Report on sanitation, dispensaries, and jails in Rajputana for 1909, and on vaccination for the year 1909-1910 - 1909-1910
Year: 1909
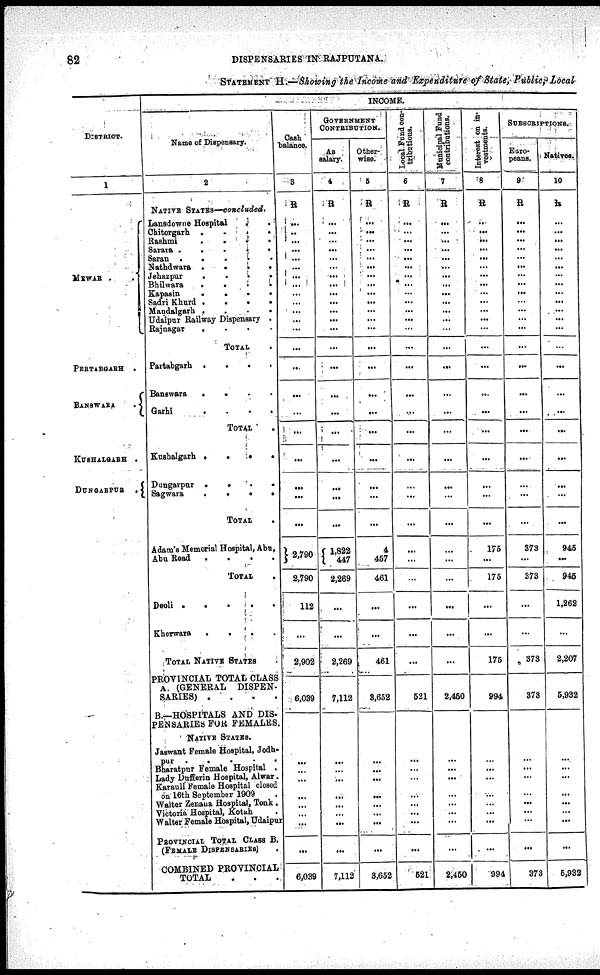
82
DISPENSARIES IN RAJPUTANA.
STATEMENT H.—Showing the Income and Expenditure of State, Public, Local
DISTRICT.
1
MEWAR
PERTABGARH .
BANSWARA
.
KUSHALGARH .
DUNGARPUR
.
INCOME.
Name of Dispensary.
2
NATIVE STATES—concluded.
Lansdowne Hospital
.
.
Chitorgarh
.
. . .
Rashmi
.
.
.
.
Sarara .
.
.
.
.
Saran .
.
.
.
.
Nathdwara .
.
.
.
Jehazpur
.
.
.
.
Bhilwara
.
.
.
.
Kapasin
.
.
.
.
Sadri Khurd .
.
.
.
Mandalgarh .
.
.
.
Udaipur Railway Dispensary .
Rajnagar
.
.
.
.
TOTAL
.
Partabgarh .
.
.
.
Banswara
.
.
.
.
Garhi
.
.
.
.
TOTAL .
Kushalgarh .
.
.
.
Dungarpur .
.
.
.
Sagwara
.
.
.
.
TOTAL .
Adam's Memorial Hospital, Abu,
Abu Road
.
.
.
.
TOTAL .
Deoli .
.
.
.
.
Kherwara
.
.
. .
TOTAL NATIVE STATES
PROVINCIAL TOTAL CLASS
A. (GENERAL
DISPEN-
SARIES) .
.
.
.
B.—HOSPITALS AND DIS-
PENSARIES FOR FEMALES.
NATIVE STATES.
Jaswant Female Hospital, Jodh¬
pur . . . .
Bharatpur Female Hospital .
Lady Dufferin Hospital, Alwar.
Karauli Female Hospital closed
on 16th September 1909
Walter Zenana Hospital, Tonk.
Victoria Hospital, Kotah .
Walter Female Hospital, Udaipur
PROVINCIAL TOTAL CLASS B.
(FEMALE DISPENSARIES) .
COMBINED PROVINCIAL
TOTAL . . .
Cash
balance.
3
R
...
..
...
...
...
...
...
...
...
...
...
...
...
...
..
...
...
...
...
...
...
...
‡ 2,790
2,790
112
...
2,902
6,039
...
...
...
...
...
...
...
...
6,039
GOVERNMENT
CONTRIBUTION.
As
salary
4
R
...
...
...
...
...
...
...
...
...
...
...
...
...
...
...
...
...
...
...
...
...
...
1,822
447
2,269
...
...
2,269
7,112
...
...
...
...
...
...
...
...
7,112
Other-
wise.
5
R
...
...
...
...
...
...
...
...
...
...
...
...
...
...
...
...
...
...
...
...
...
...
4
457
461
...
...
461
3,652
...
...
...
...
...
...
...
...
3,652
Local Fund con-
tributions.
6
R
...
...
...
...
...
...
...
...
...
...
...
...
...
...
...
...
...
...
...
...
...
...
...
...
...
...
...
...
521
...
...
...
...
...
...
...
...
521
Municipal Fund
contributions.
7
R
...
...
...
...
...
...
...
...
...
...
...
...
...
...
...
...
...
...
...
...
...
...
...
...
...
...
...
...
2,450
...
...
...
...
...
...
...
...
2,450
Interest on in-
vestments.
8
R
...
...
...
...
...
...
...
...
...
...
...
...
...
...
...
...
...
. ..
...
...
...
...
175
...
175
...
...
175
994
...
...
...
...
...
...
...
...
994
SUBSCRIPTIONS.
Euro-
peans.
9
R
...
...
...
...
...
...
...
...
...
...
...
...
...
...
...
...
...
...
...
...
...
...
373
...
373
...
...
373
373
...
...
...
...
...
...
...
...
373
Natives.
10
R
...
...
...
...
...
...
...
...
...
...
...
...
...
...
...
...
...
...
...
...
...
...
945
...
945
1,262
...
2,207
5,932
...
...
...
...
...
...
...
...
5,932